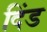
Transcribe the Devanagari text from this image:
दिंड